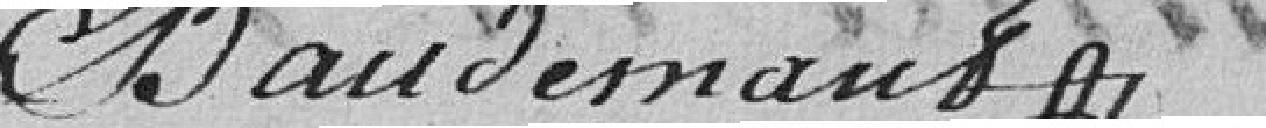
Baudernaud